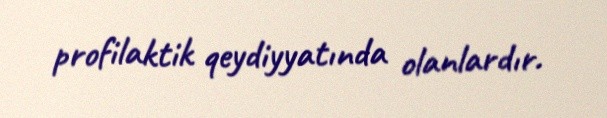
profilaktik qeydiyyatında olanlardır.